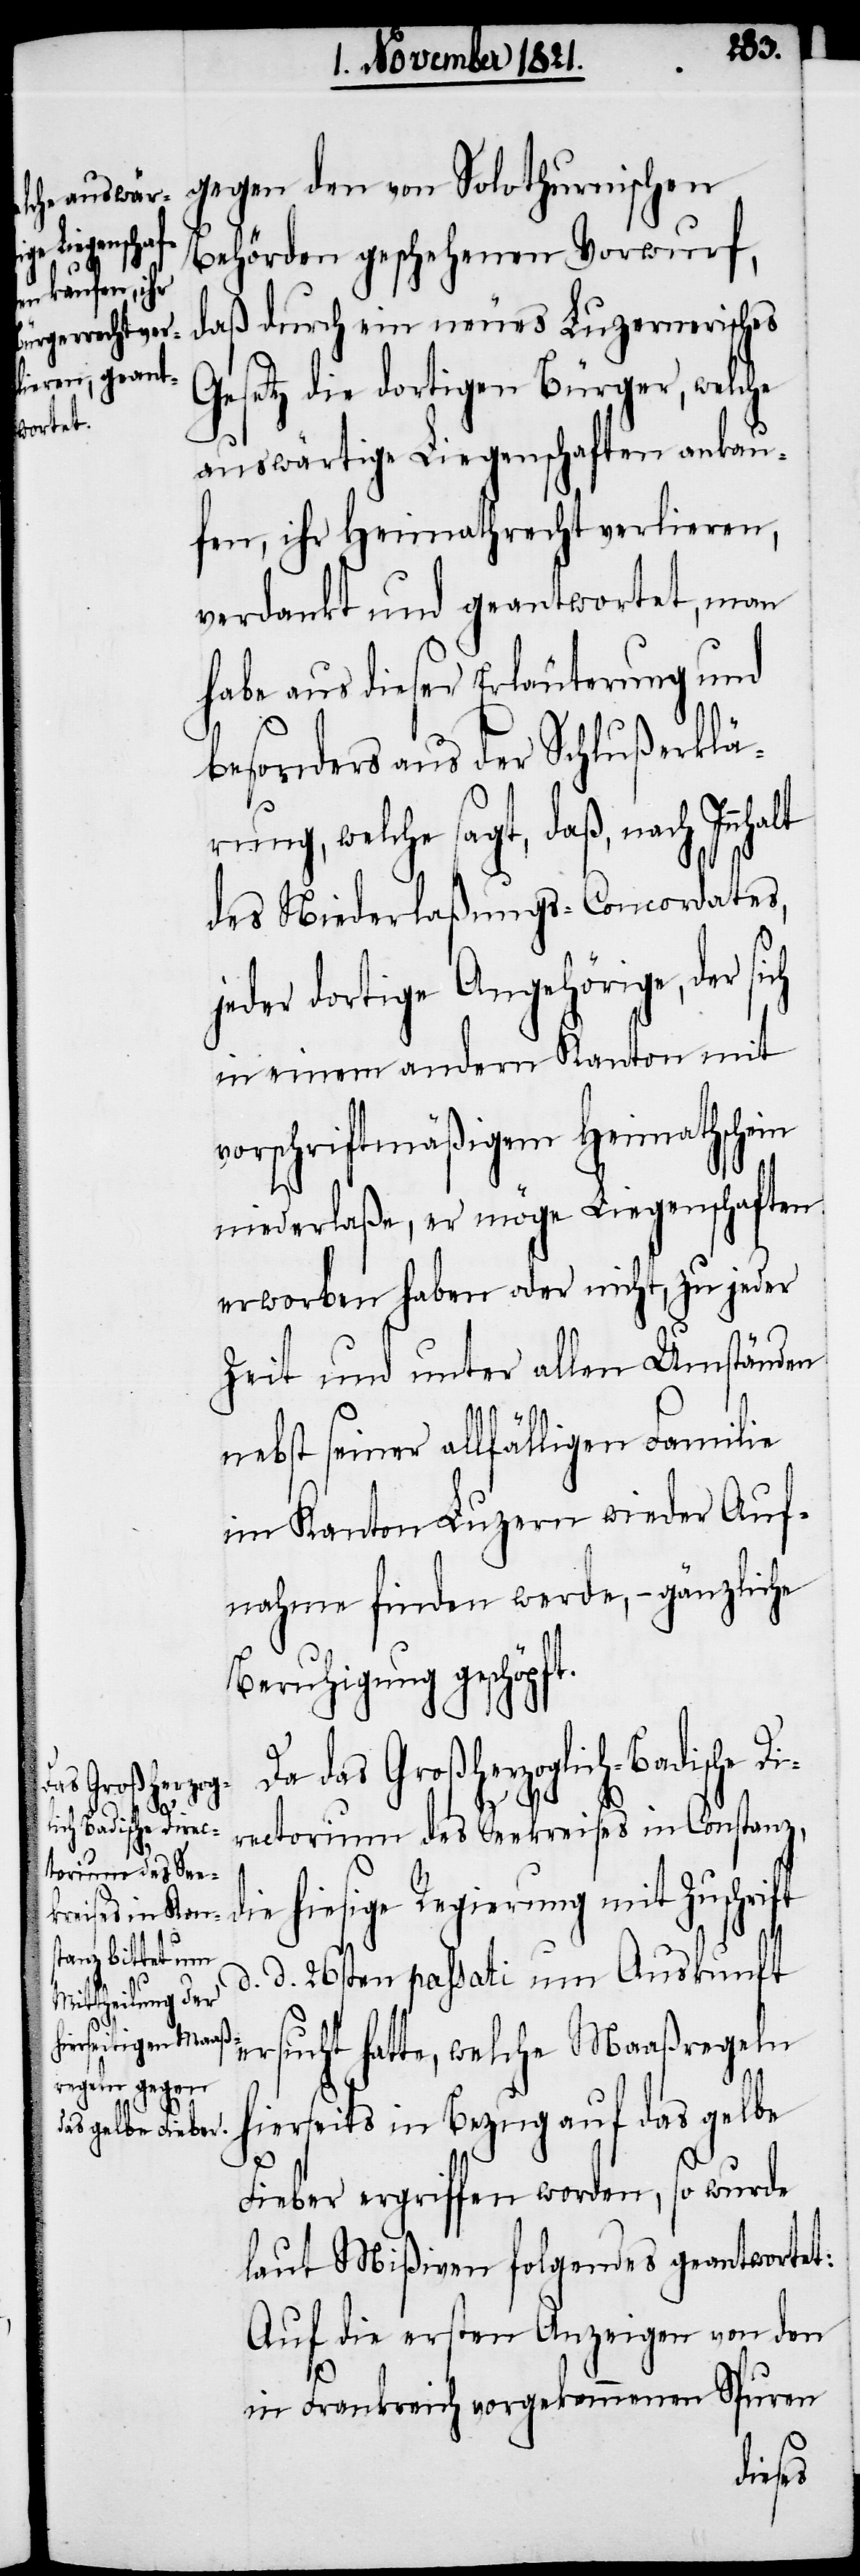
das Großherzogl¬
j¬
ich-Badische Di¬

gegen den von Solothurnischen
Behörden geschehenen Vorwurf,
daß durch ein neues Luzernerisches
Gesetz die dortigen Bürger, welche
auswärtige Liegenschaften ankau¬
fen, ihre Heimathrecht verlieren,
verdankt und geantwortet, man
habe aus dieser Erläuterung und
besonders aus der Schlußerklä¬
rung, welche sagt, daß, nach
des Niederlaßungs-Concordates,
eder dortige Angehörige, der
in einem andern Kanton mit
vorschriftmäßigem Heimathschein
niederlaße, er möge Liegenschaften
erworben haben oder nicht, zu jeder
Zeit und unter allen Umständen
nebst seiner allfälligen Familie
im Kanton Luzern wieder Auf¬
nahme finden werde, – gänzliche
Beruhigung geschöpft.
rectorium des Seekreises in Constanz,
die hiesige Regierung mit Zuschrift
d. d. 26sten passati um Auskunft
ersucht hatte, welche Maaßregeln
hierseits in Bezug auf das gelbe
Fieber ergriffen worden, so wurde
laut Mißiven folgendes geantwortet:
Auf die ersten Anzeigen von den
in Frankreich vorgekommenen Spuren